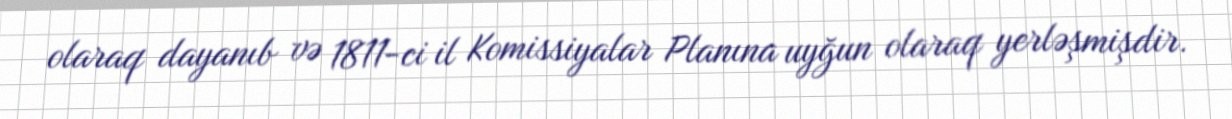
olaraq dayanıb və 1811-ci il Komissiyalar Planına uyğun olaraq yerləşmişdir.